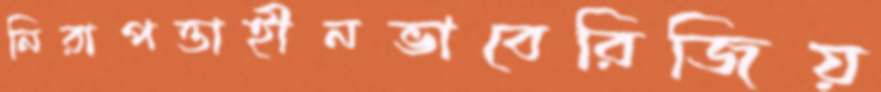
নিরাপত্তাহীনভাবেরিজিয়